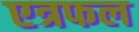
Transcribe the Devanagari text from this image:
एत्रफल